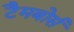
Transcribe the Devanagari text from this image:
टैमबोर्स